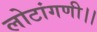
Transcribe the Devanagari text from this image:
लोटांगणी।।